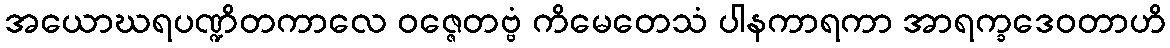
အယောဃရပဏ္ဍိတကာလေ ဝဇ္ဇေတဗ္ဗံ ကိမေတေသံ ပါနကာရကာ အာရက္ခဒေဝတာဟိ